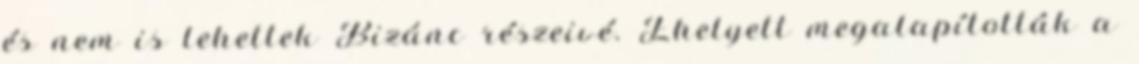
és nem is lehettek Bizánc részeivé. Ehelyett megalapították a